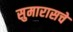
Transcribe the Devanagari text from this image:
सुमारासचे